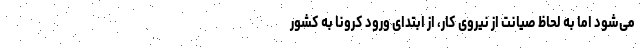
می‌شود اما به لحاظ صیانت از نیروی کار، از ابتدای ورود کرونا به کشور